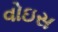
વોઇસ